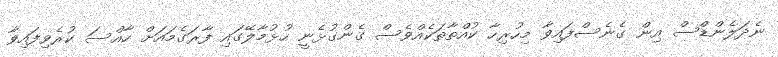
ނެދަލެންޑްސް އިން ގެނެސްފައިވާ މިހުރިހާ ކުއްތާތަކެއްވެސް ގެންގުޅެނީ ހުޅުމާލޭގައި ފާރަގެމައަށް ހާއްސަ ކުރެވިފައިވާ